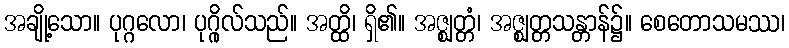
အချို့သော။ ပုဂ္ဂလော၊ ပုဂ္ဂိုလ်သည်။ အတ္ထိ၊ ရှိ၏။ အဇ္ဈတ္တံ၊ အဇ္ဈတ္တသန္တာန်၌။ စေတောသမဿ၊